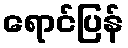
ရောင်ပြန်